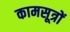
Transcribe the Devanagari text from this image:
कामसूत्रों